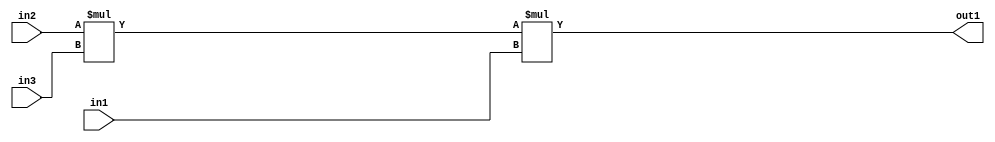
`timescale 1ps / 1ps
/*****************************************************************************
    Verilog RTL Description
    
    
    Created by: Stratus DpOpt 2019.1.01 
*******************************************************************************/

module st_weight_addr_gen_Mul3u16u16u16_4_10 (
	in3,
	in2,
	in1,
	out1
	); /* architecture "behavioural" */ 
input [15:0] in3,
	in2,
	in1;
output [31:0] out1;
wire [31:0] asc001,
	asc002;

assign asc002 = 
	+(in2 * in3);

assign asc001 = 
	+(asc002 * in1);

assign out1 = asc001;
endmodule

/* CADENCE  ubXwTg4= : u9/ySgnWtBlWxVPRXgAZ4Og= ** DO NOT EDIT THIS LINE ******/